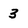
Character: 3